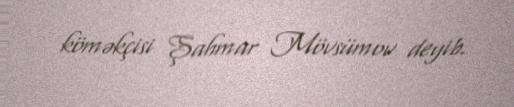
köməkçisi Şahmar Mövsümov deyib.